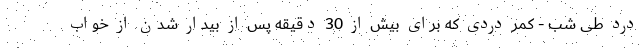
درد طی شب - کمر دردی که برای بیش از 30 دقیقه پس از بیدار شدن از خواب